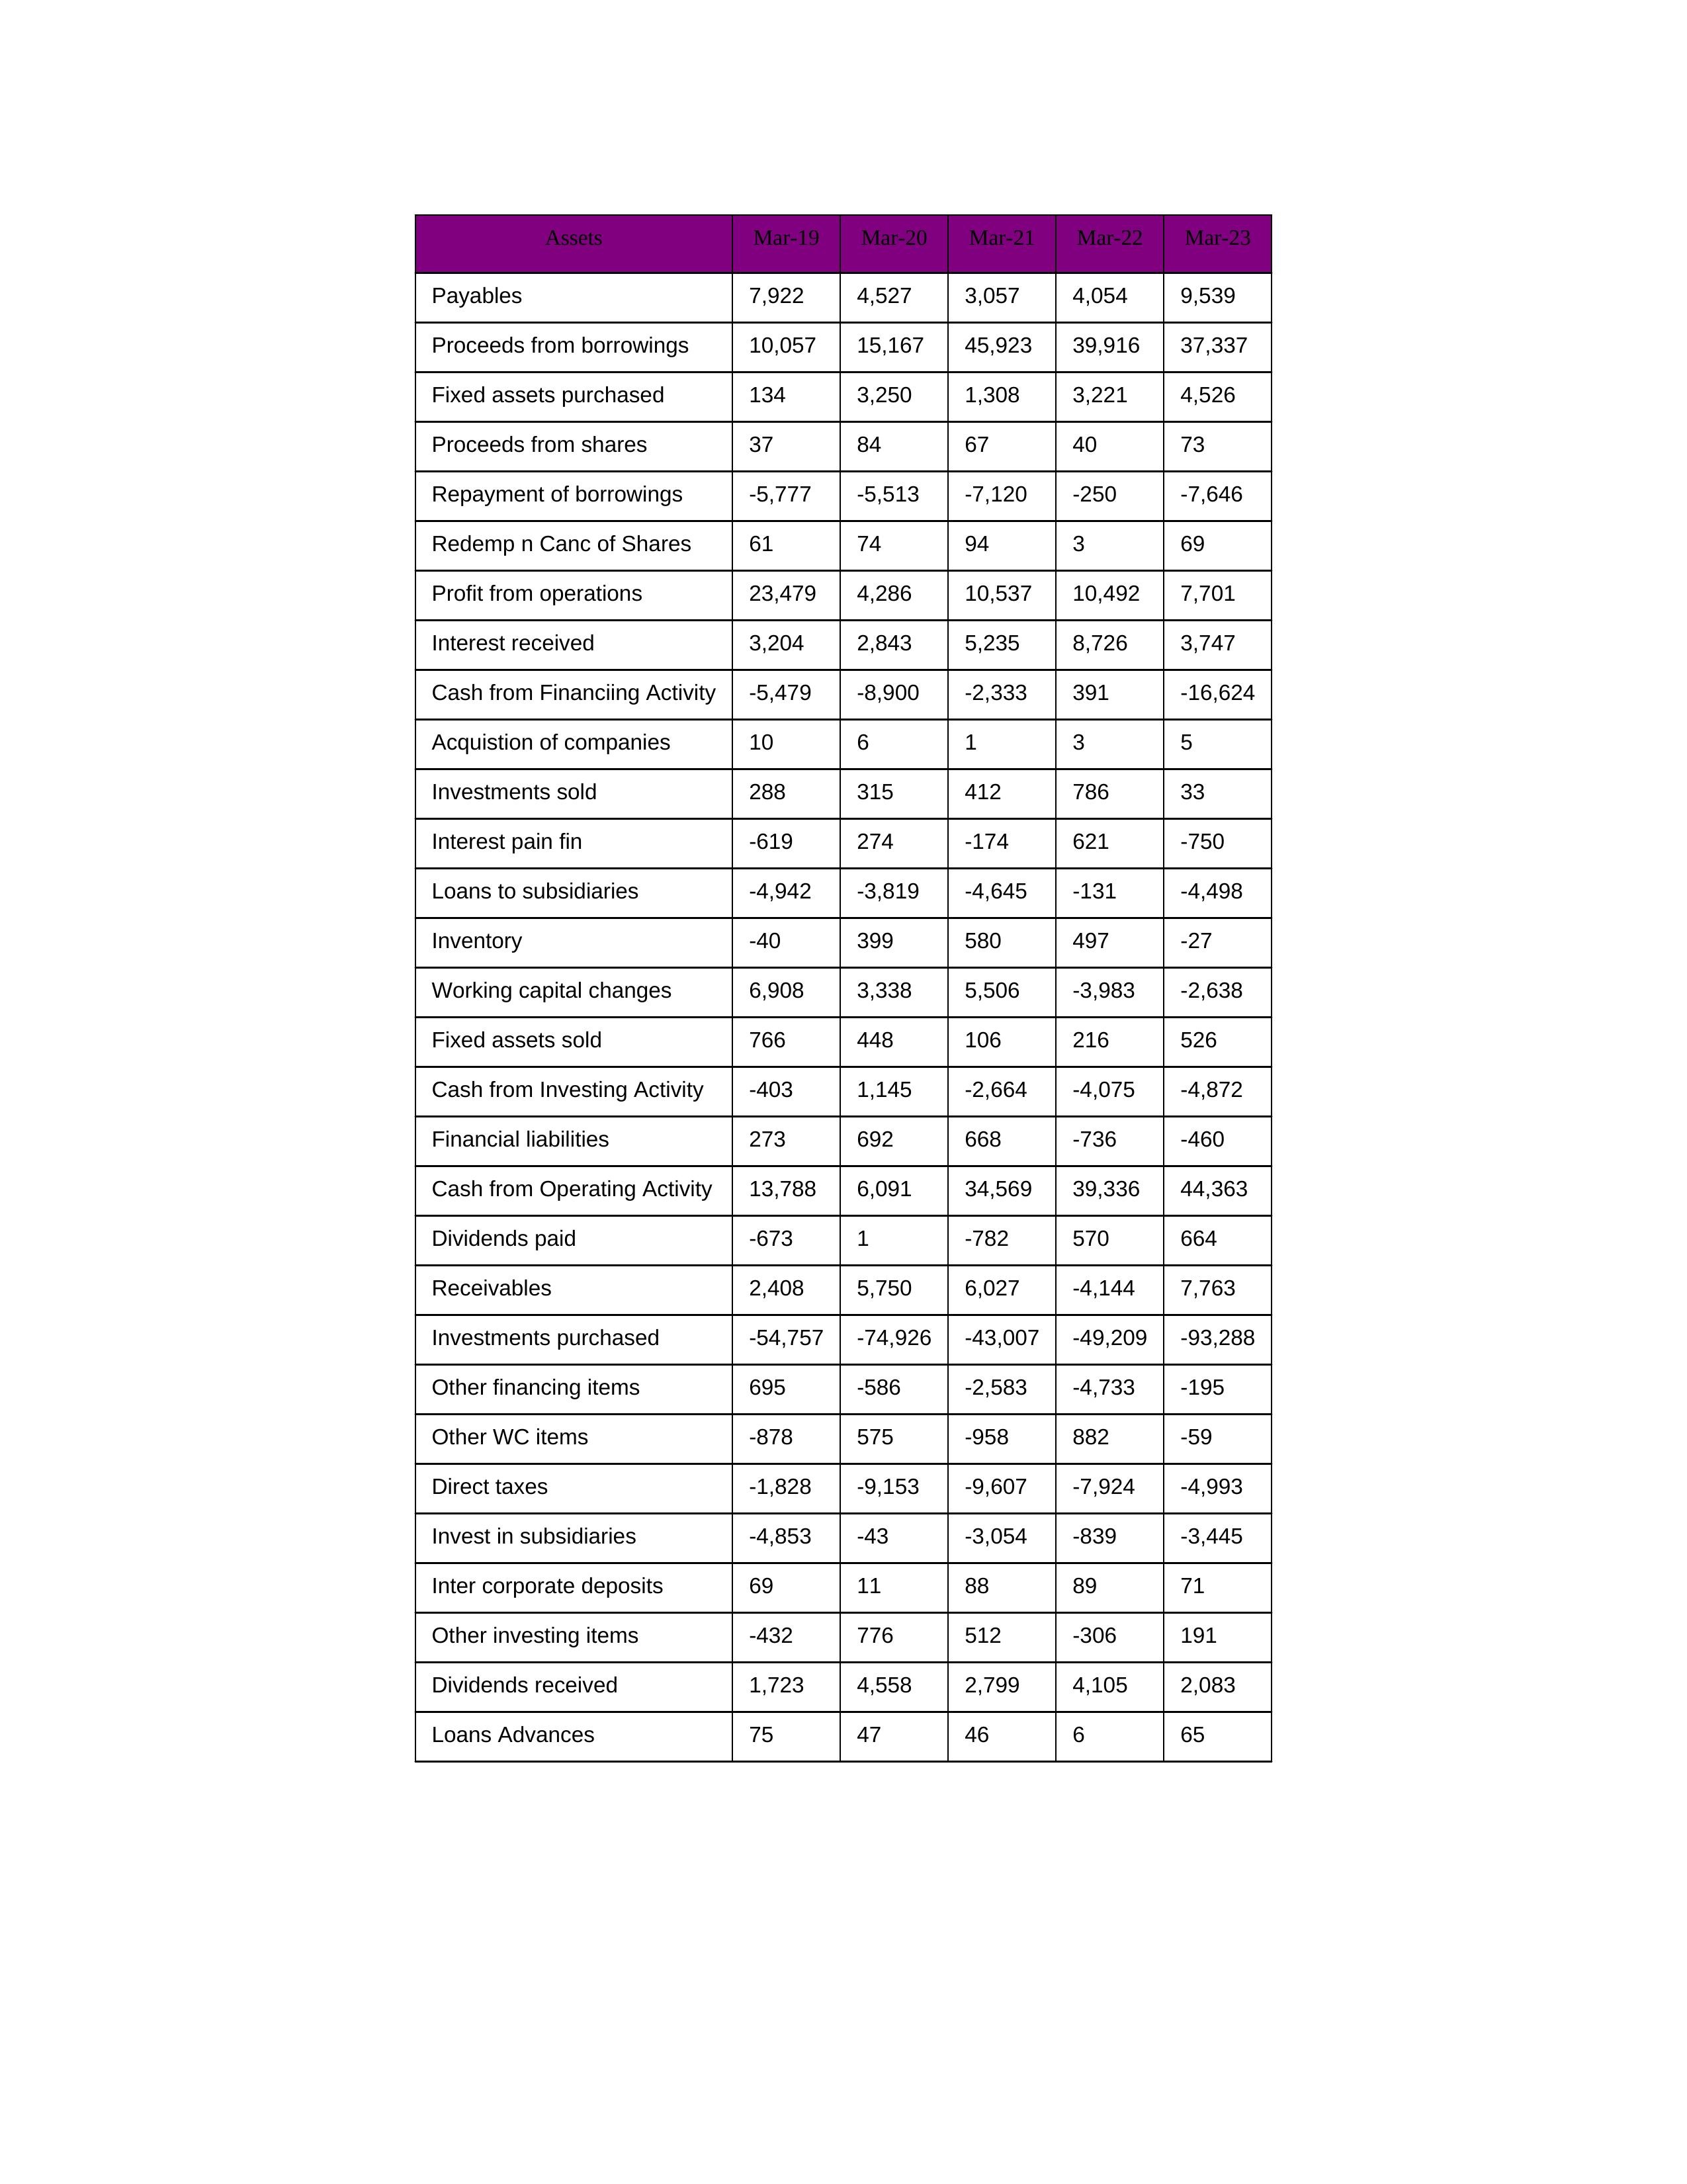
gt_parse: Mar-19: Cash from Operating Activity: 13,788
Profit from operations: 23,479
Receivables: 2,408
Inventory: -40
Payables: 7,922
Loans Advances: 75
Other WC items: -878
Working capital changes: 6,908
Direct taxes: -1,828
Cash from Investing Activity: -403
Fixed assets purchased: 134
Fixed assets sold: 766
Investments purchased: -54,757
Investments sold: 288
Interest received: 3,204
Dividends received: 1,723
Invest in subsidiaries: -4,853
Loans to subsidiaries: -4,942
Redemp n Canc of Shares: 61
Acquistion of companies: 10
Inter corporate deposits: 69
Other investing items: -432
Cash from Financiing Activity: -5,479
Proceeds from shares: 37
Proceeds from borrowings: 10,057
Repayment of borrowings: -5,777
Interest pain fin: -619
Dividends paid: -673
Financial liabilities: 273
Other financing items: 695
Mar-20: Cash from Operating Activity: 6,091
Profit from operations: 4,286
Receivables: 5,750
Inventory: 399
Payables: 4,527
Loans Advances: 47
Other WC items: 575
Working capital changes: 3,338
Direct taxes: -9,153
Cash from Investing Activity: 1,145
Fixed assets purchased: 3,250
Fixed assets sold: 448
Investments purchased: -74,926
Investments sold: 315
Interest received: 2,843
Dividends received: 4,558
Invest in subsidiaries: -43
Loans to subsidiaries: -3,819
Redemp n Canc of Shares: 74
Acquistion of companies: 6
Inter corporate deposits: 11
Other investing items: 776
Cash from Financiing Activity: -8,900
Proceeds from shares: 84
Proceeds from borrowings: 15,167
Repayment of borrowings: -5,513
Interest pain fin: 274
Dividends paid: 1
Financial liabilities: 692
Other financing items: -586
Mar-21: Cash from Operating Activity: 34,569
Profit from operations: 10,537
Receivables: 6,027
Inventory: 580
Payables: 3,057
Loans Advances: 46
Other WC items: -958
Working capital changes: 5,506
Direct taxes: -9,607
Cash from Investing Activity: -2,664
Fixed assets purchased: 1,308
Fixed assets sold: 106
Investments purchased: -43,007
Investments sold: 412
Interest received: 5,235
Dividends received: 2,799
Invest in subsidiaries: -3,054
Loans to subsidiaries: -4,645
Redemp n Canc of Shares: 94
Acquistion of companies: 1
Inter corporate deposits: 88
Other investing items: 512
Cash from Financiing Activity: -2,333
Proceeds from shares: 67
Proceeds from borrowings: 45,923
Repayment of borrowings: -7,120
Interest pain fin: -174
Dividends paid: -782
Financial liabilities: 668
Other financing items: -2,583
Mar-22: Cash from Operating Activity: 39,336
Profit from operations: 10,492
Receivables: -4,144
Inventory: 497
Payables: 4,054
Loans Advances: 6
Other WC items: 882
Working capital changes: -3,983
Direct taxes: -7,924
Cash from Investing Activity: -4,075
Fixed assets purchased: 3,221
Fixed assets sold: 216
Investments purchased: -49,209
Investments sold: 786
Interest received: 8,726
Dividends received: 4,105
Invest in subsidiaries: -839
Loans to subsidiaries: -131
Redemp n Canc of Shares: 3
Acquistion of companies: 3
Inter corporate deposits: 89
Other investing items: -306
Cash from Financiing Activity: 391
Proceeds from shares: 40
Proceeds from borrowings: 39,916
Repayment of borrowings: -250
Interest pain fin: 621
Dividends paid: 570
Financial liabilities: -736
Other financing items: -4,733
Mar-23: Cash from Operating Activity: 44,363
Profit from operations: 7,701
Receivables: 7,763
Inventory: -27
Payables: 9,539
Loans Advances: 65
Other WC items: -59
Working capital changes: -2,638
Direct taxes: -4,993
Cash from Investing Activity: -4,872
Fixed assets purchased: 4,526
Fixed assets sold: 526
Investments purchased: -93,288
Investments sold: 33
Interest received: 3,747
Dividends received: 2,083
Invest in subsidiaries: -3,445
Loans to subsidiaries: -4,498
Redemp n Canc of Shares: 69
Acquistion of companies: 5
Inter corporate deposits: 71
Other investing items: 191
Cash from Financiing Activity: -16,624
Proceeds from shares: 73
Proceeds from borrowings: 37,337
Repayment of borrowings: -7,646
Interest pain fin: -750
Dividends paid: 664
Financial liabilities: -460
Other financing items: -195